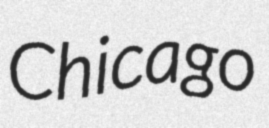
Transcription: Chicago